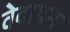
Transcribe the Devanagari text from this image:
वेदायन